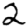
Digit: 2